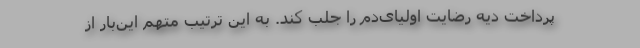
پرداخت دیه رضایت اولیای‌دم را جلب کند. به این ترتیب متهم این‌بار از